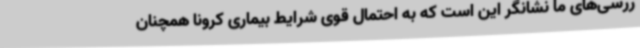
ررسی‌های ما نشانگر این است که به احتمال قوی شرایط بیماری کرونا همچنان